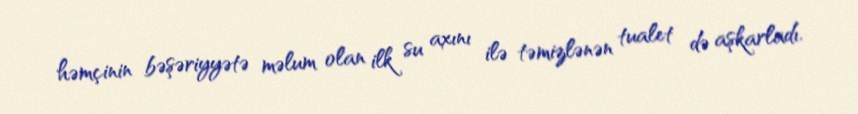
həmçinin bəşəriyyətə məlum olan ilk su axını ilə təmizlənən tualet də aşkarladı.